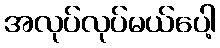
အလုပ်လုပ်မယ်ပေါ့